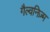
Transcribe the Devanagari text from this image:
गैल्वनिज़्म